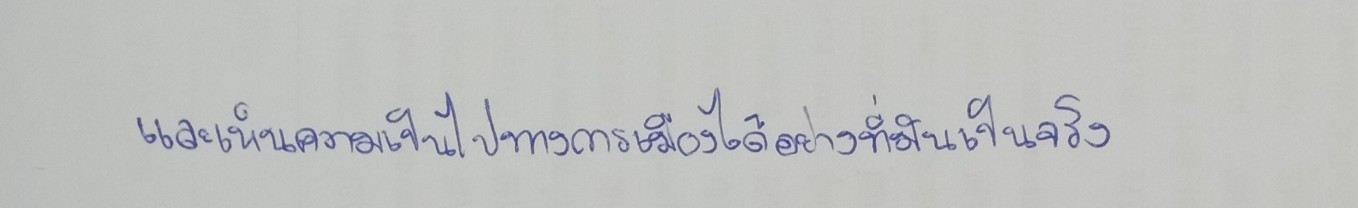
และเห็นความเป็นไปทางการเมืองได้อย่างที่มันเป็นจริง